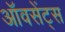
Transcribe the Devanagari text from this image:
ऑवसेंट्स